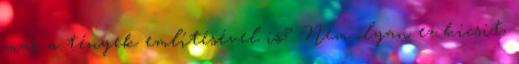
már a tények említésével is? Nem olyan ez kicsit,